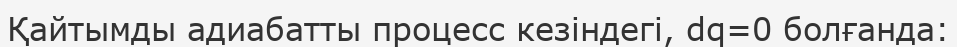
Қайтымды адиабатты процесс кезіндегі, dq=0 болғанда: